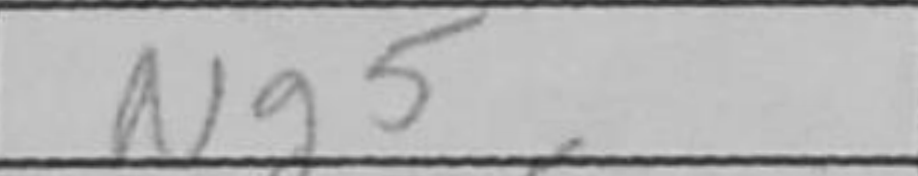
Transcription: Ng5